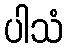
ပါသံ